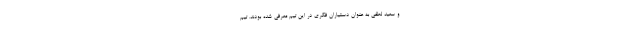
و سعید لطفی به عنوان دستیاران فکری در این تیم معرفی شده بودند. تیم